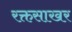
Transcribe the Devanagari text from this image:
रक्तसाखर